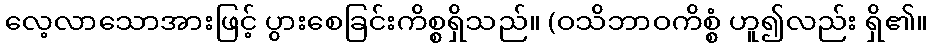
လေ့လာသောအားဖြင့် ပွားစေခြင်းကိစ္စရှိသည်။ (ဝသိဘာဝကိစ္စံ ဟူ၍လည်း ရှိ၏။